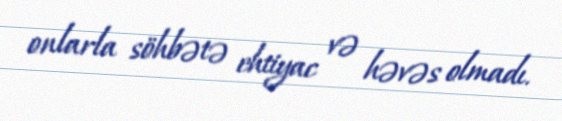
onlarla söhbətə ehtiyac və həvəs olmadı.